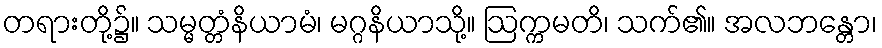
တရားတို့၌။ သမ္မတ္တံနိယာမံ၊ မဂ္ဂနိယာသို့။ ဩက္ကမတိ၊ သက်၏။ အလဘန္တော၊